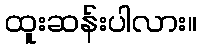
ထူးဆန်းပါလား။